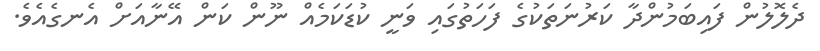
ދެލޮލުން ފައިބަމުންދާ ކަރުނަތަކުގެ ފަހަތުގައި ވަނީ ކުޑަކަމެއް ނޫން ކަން އޭނާއަށް އެނގެއެވެ.